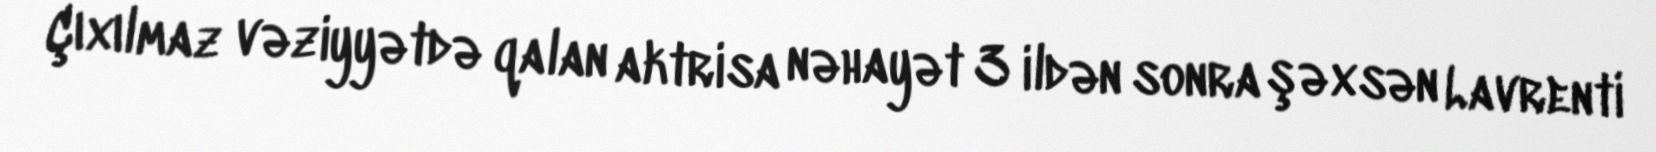
Çıxılmaz vəziyyətdə qalan aktrisa nəhayət 3 ildən sonra şəxsən Lavrenti